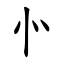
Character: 㣺